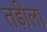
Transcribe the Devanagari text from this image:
तड़ोला